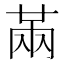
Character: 㒼